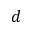
d